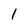
Character: 1